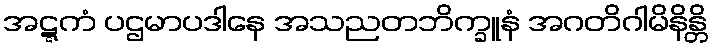
အဋ္ဋကံ ပဌမာပဒါနေ အသညတဘိက္ခူနံ အဂတိဂါမိနိန္တိ